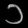
Digit: ၁